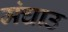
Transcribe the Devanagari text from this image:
मंचाउ